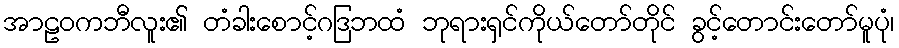
အာဠဝကဘီလူး၏ တံခါးစောင့်ဂဒြဘထံ ဘုရားရှင်ကိုယ်တော်တိုင် ခွင့်တောင်းတော်မူပုံ၊